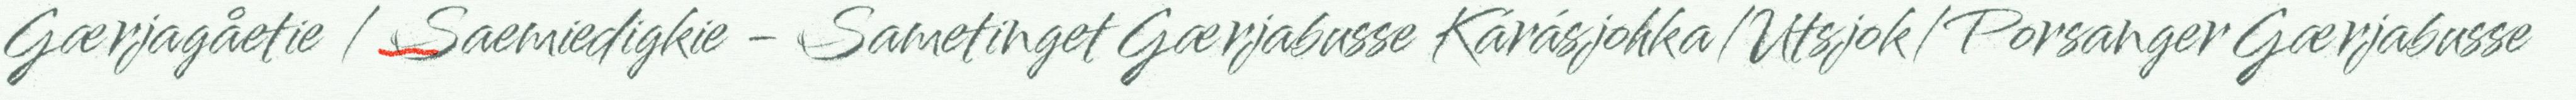
Gærjagåetie / Saemiedigkie - Sametinget Gærjabusse Kárásjohka/Utsjok/Porsanger Gærjabusse